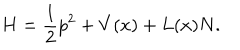
LaTeX: H = \frac 1 2 p ^ { 2 } + V ( x ) + L ( x ) N .